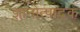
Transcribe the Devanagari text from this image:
ज्ञानोत्पादक